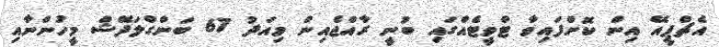
އެޗްޕީއޭ އިން ކޮށްފައިވާ ޓްވީޓެއްގައި ބުނީ ރާއްޖެއިން މިއަދު 67 ބަންގްލަދޭޝް މީހުންނާއި